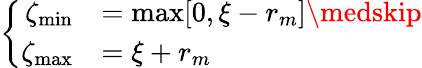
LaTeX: \left\{ \begin{array}{rll}{\zeta_{\operatorname*{min}}}&{=\operatorname*{max}[0,\xi-r_{m}]\medskip}\\ {\zeta_{\operatorname*{max}}}&{=\xi+r_{m}}\end{array}\right.